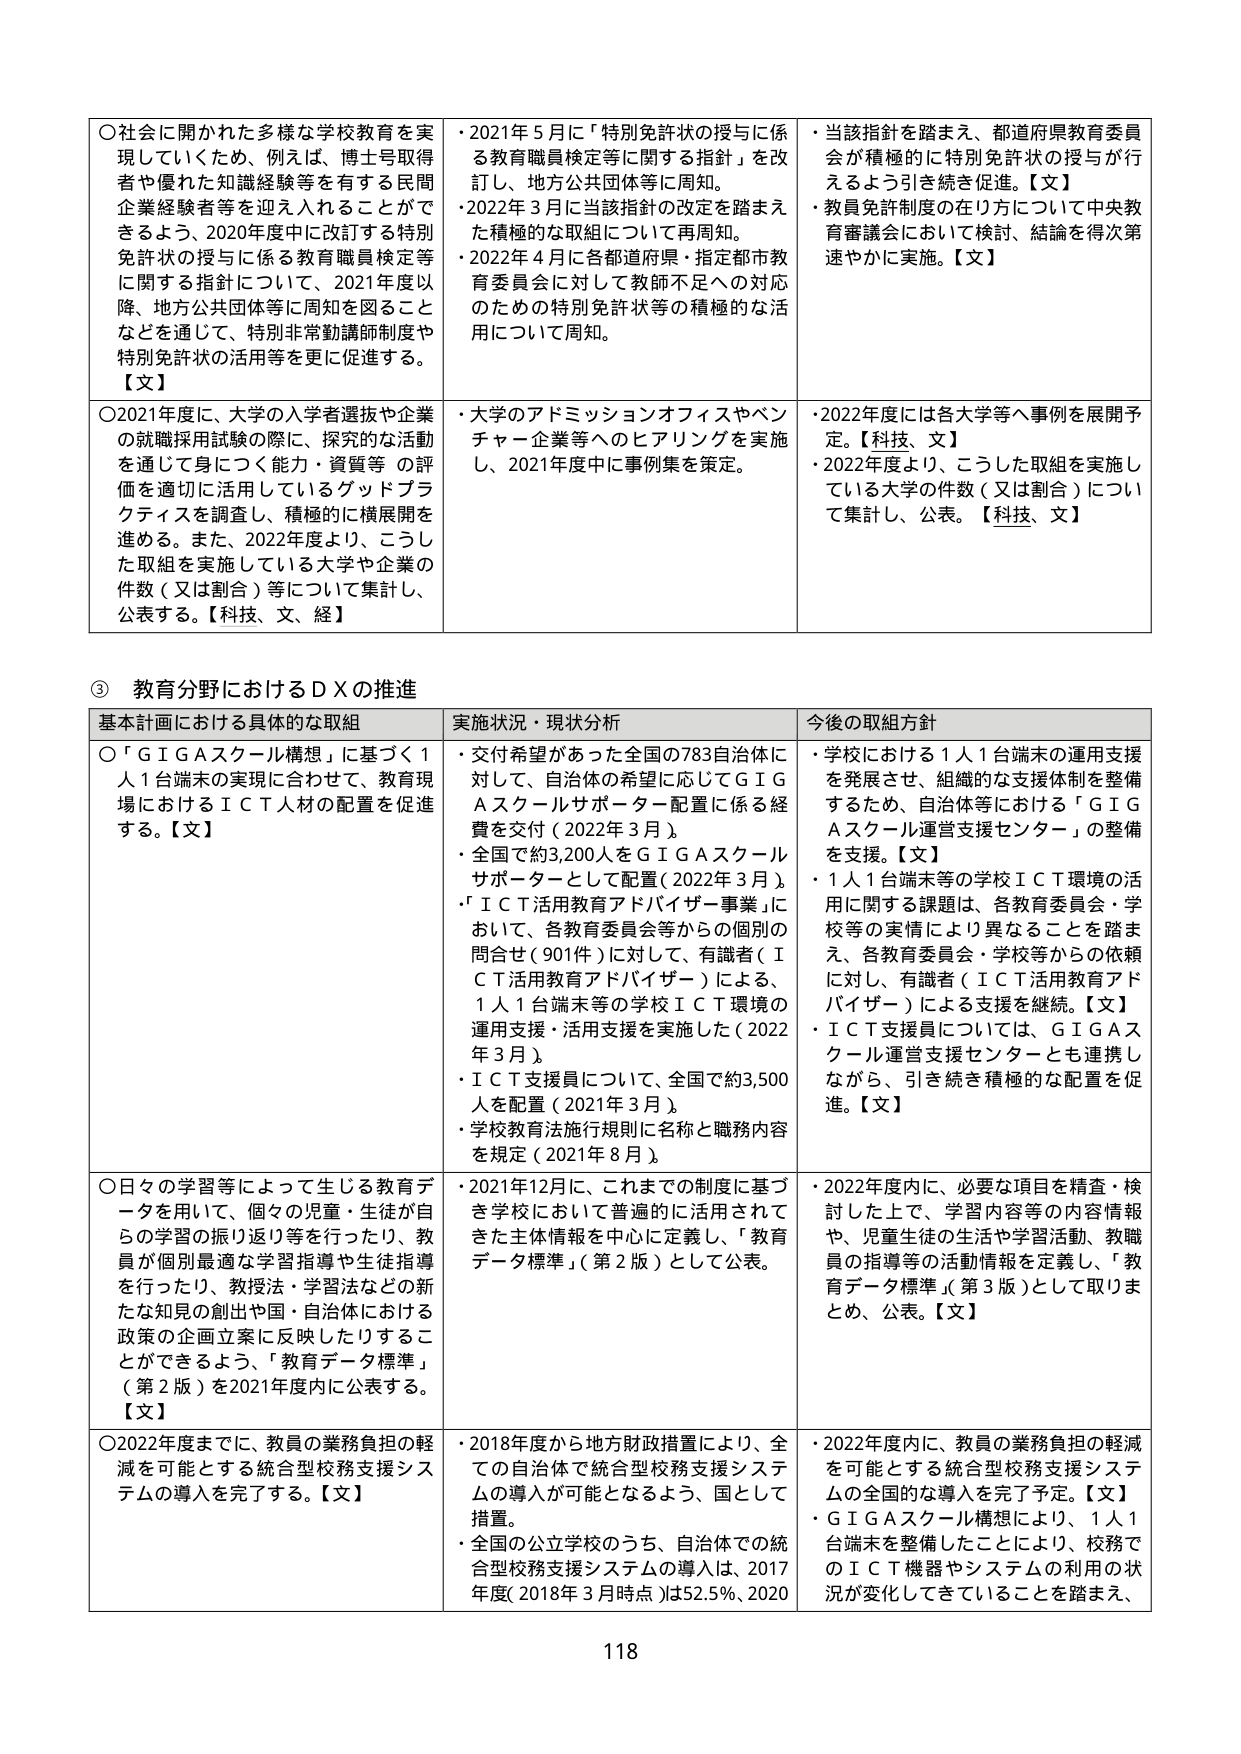
○社会に開かれた多様な学校教育を実現していくため、例えば、博士号取得者や優れた知識経験等を有する民間企業経験者等を迎え入れることができるよう、2020年度中に改訂する特別免許状の授与に係る教育職員検定等に関する指針について、2021年度以降、地方公共団体等に周知を図ることなどを通じて、特別非常勤講師制度や特別免許状の活用等を更に促進する。【文】

○2021年度に、大学の入学者選抜や企業の就職採用試験の際に、探究的な活動を通じて身につく能力・資質等の評価を適切に活用しているグッドプラクティスを調査し、積極的に横展開を進める。また、2022年度より、こうした取組を実施している大学や企業の件数（又は割合）等について集計し、公表する。【科技、文、経】

・2021年5月に「特別免許状の授与に係る教育職員検定等に関する指針」を改訂し、地方公共団体等に周知。
・2022年3月に当該指針の改定を踏まえた積極的な取組について再周知。
・2022年4月に各都道府県・指定都市教育委員会に対して教師不足への対応のための特別免許状等の積極的な活用について周知。

・当該指針を踏まえ、都道府県教育委員会が積極的に特別免許状の授与が行えるよう引き続き促進。【文】
・教員免許制度の在り方について中央教育審議会において検討、結論を得次第速やかに実施。【文】

・大学のアドミッションオフィスやベンチャー企業等へのヒアリングを実施し、2021年度中に事例集を策定。

・2022年度には各大学等へ事例を展開予定。【科技、文】
・2022年度より、こうした取組を実施している大学の件数（又は割合）について集計し、公表。【科技、文】

③ 教育分野におけるＤＸの推進

基本計画における具体的な取組 実施状況・現状分析 今後の取組方針

○「ＧＩＧＡスクール構想」に基づく1人1台端末の実現に合わせて、教育現場におけるＩＣＴ人材の配置を促進する。【文】

・交付希望があった全国の783自治体に対して、自治体の希望に応じてＧＩＧＡスクールサポーター配置に係る経費を交付（2022年3月）。
・全国で約3,200人をＧＩＧＡスクールサポーターとして配置（2022年3月）。
・「ＩＣＴ活用教育アドバイザー事業」において、各教育委員会等からの個別の問合せ（901件）に対して、有識者（ＩＣＴ活用教育アドバイザー）による、1人1台端末等の学校ＩＣＴ環境の運用支援・活用支援を実施した（2022年3月）。
・ＩＣＴ支援員について、全国で約3,500人を配置（2021年3月）。
・学校教育法施行規則に名称と職務内容を規定（2021年8月）。

・学校における1人1台端末の運用支援を発展させ、組織的な支援体制を整備するため、自治体等における「ＧＩＧＡスクール運営支援センター」の整備を支援。【文】
・1人1台端末等の学校ＩＣＴ環境の活用に関する課題は、各教育委員会・学校等の実情により異なることを踏まえ、各教育委員会・学校等からの依頼に対し、有識者（ＩＣＴ活用教育アドバイザー）による支援を継続。【文】
・ＩＣＴ支援員については、ＧＩＧＡスクール運営支援センターとも連携しながら、引き続き積極的な配置を促進。【文】

○日々の学習等によって生じる教育データを用いて、個々の児童・生徒が自らの学習の振り返り等を行ったり、教員が個別最適な学習指導や生徒指導を行ったり、教授法・学習法などの新たな知見の創出や国・自治体における政策の企画立案に反映したりすることができるよう、「教育データ標準」（第2版）を2021年度内に公表する。【文】

・2021年12月に、これまでの制度に基づき学校において普遍的に活用されてきた主体情報を中心に定義し、「教育データ標準」（第2版）として公表。

・2022年度内に、必要な項目を精査・検討した上で、学習内容等の内容情報や、児童生徒の生活や学習活動、教職員の指導等の活動情報を定義し、「教育データ標準」（第3版）として取りまとめ、公表。【文】

○2022年度までに、教員の業務負担の軽減を可能とする統合型校務支援システムの導入を完了する。【文】

・2018年度から地方財政措置により、全ての自治体で統合型校務支援システムの導入が可能となるよう、国として措置。
・全国の公立学校のうち、自治体での統合型校務支援システムの導入は、2017年度（2018年3月時点）は52.5％、2020

・2022年度内に、教員の業務負担の軽減を可能とする統合型校務支援システムの全国的な導入を完了予定。【文】
・ＧＩＧＡスクール構想により、1人1台端末を整備したことにより、校務でのＩＣＴ機器やシステムの利用の状況が変化してきていることを踏まえ、

118